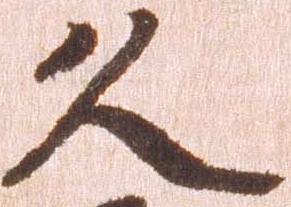
久